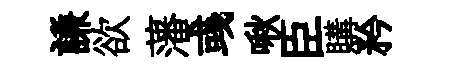
謙欲藩彧啾臣購矜